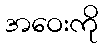
အဝေးကို